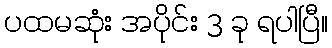
ပထမဆုံး အပိုင်း 3 ခု ရပါပြီ။